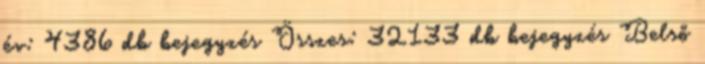
év: 4386 db bejegyzés Összes: 32133 db bejegyzés Belső